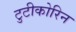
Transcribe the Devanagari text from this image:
टुटीकोरिन